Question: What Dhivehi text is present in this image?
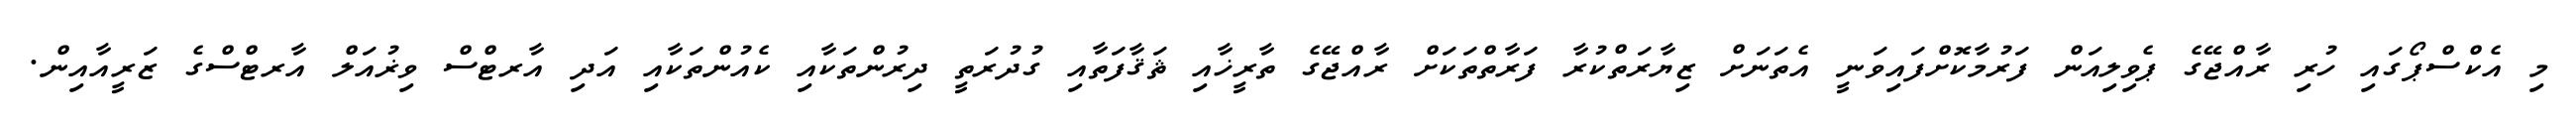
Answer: މި އެކްސްޕޯގައި ހުރި ރާއްޖޭގެ ޕެވިލިއަން ފަރުމާކޮށްފައިވަނީ އެތަނަށް ޒިޔާރަތްކުރާ ފަރާތްތަކަށް ރާއްޖޭގެ ތާރީޚާއި ޘަޤާފަތާއި ގުދުރަތީ ދިރުންތަކާއި ކެއުންތަކާއި އަދި އާރޓްސް ވިޜުއަލް އާރޓްސްގެ ޒަރީއާއިން.